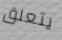
يتعلق